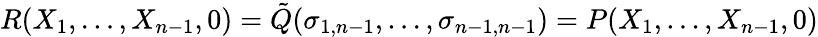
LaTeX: R(X_{1},\ldots,X_{n-1},0)={\tilde{Q}}(\sigma_{1,n-1},\ldots,\sigma_{n-1,n-1})=P(X_{1},\ldots,X_{n-1},0)